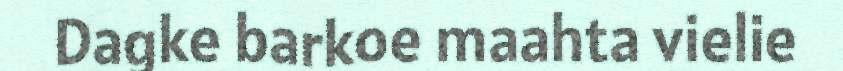
Dagke barkoe maahta vielie